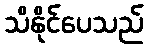
သိနိုင်ပေသည်